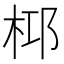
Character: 桏